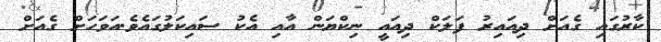
ކާރުގައި ގެއަށް ދިއައިރު ފަލަކް ދިއައީ ނިކްޔަން އާއި އެކު ސައިކަލުގައެވެ.އަވަހަށް ގެއަށް